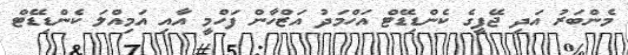
މެންބަރު އަދި ޖޭޕީގެ ކެންޑިޑޭޓް އަހްމަދު އަޒްހާން ފަހްމީ އާއި އަމިއްލަ ކެންޑިޑޭޓް